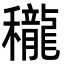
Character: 䆍